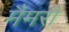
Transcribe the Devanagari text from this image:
मैमरी